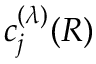
c _ { j } ^ { ( \lambda ) } ( R )